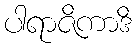
ပါရာဇိကာဒိ